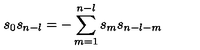
s _ { 0 } s _ { n - l } = - \sum _ { m = 1 } ^ { n - l } s _ { m } s _ { n - l - m }